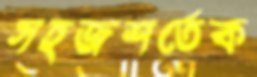
সহজশর্তেক